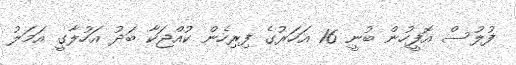
ފުލުސް އޮފީހުން ބުނީ 16 އަހަރުގެ ފިރިހެން ކުއްޖަކާ ބަދު އަހުލާގީ އަމަލު